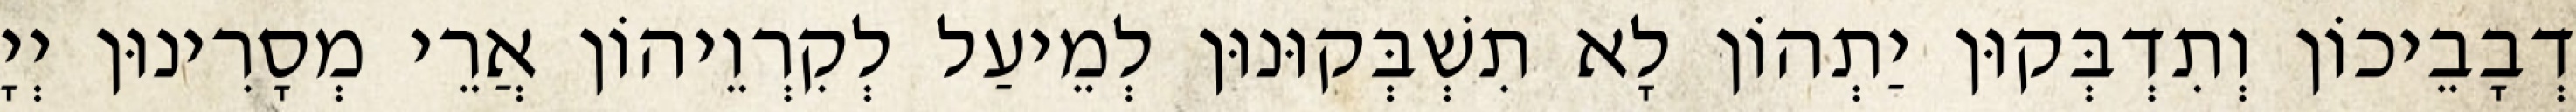
דְבָבֵיכוֹן וְתִדְבְּקוּן יַתְהוֹן לָא תִשְׁבְּקוּנוּן לְמֵיעַל לְקִרְוֵיהוֹן אֲרֵי מְסָרִינוּן יְיָ